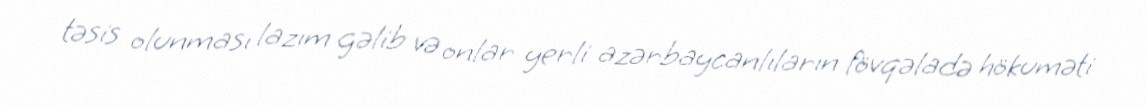
təsis olunması lazım gəlib və onlar yerli azərbaycanlıların fövqəladə hökuməti